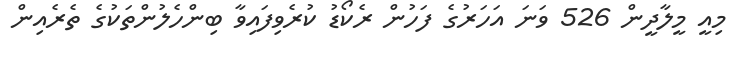
މިއީ މީލާދީން 526 ވަނަ އަހަރުގެ ފަހުން ރެކޯޑު ކުރެވިފައިވާ ބިންހެލުންތަކުގެ ތެރެއިން